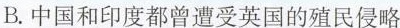
B.中国和印度都曾遭受英国的殖民侵略